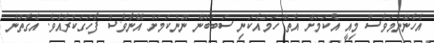
އެހެންނަމަވެސް މިއީ އެކަމަށް އޮތް ހަމައެކަނި ސަބަބުން ނޫންކަމަށް އޭނާވެސް ފާހަގަކުރެއެވެ. އެގޮތުން